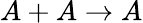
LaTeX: A+A\rightarrow A